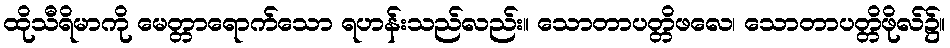
ထိုသီရိမာကို မေတ္တာရောက်သော ရဟန်းသည်လည်း။ သောတာပတ္တိဖလေ၊ သောတာပတ္တိဖိုလ်၌။